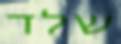
שלד